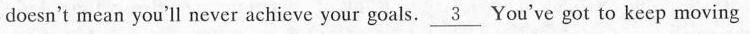
doesn't mean you'll never achieve your goals. \underline{3}You've got to keep moving